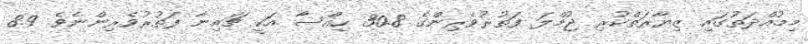
މިމުއްދަތުގައި ޒިޔާރަތްކުރި ޖުމްލަ ފަތުރުވެރިންގެ 30.8 ހިއްސާ އަކީ ޗައިނާ ފަތުރުވެރިންނެވެ. 8.9